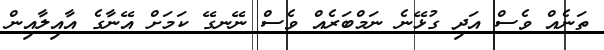
ތަނެއް ވެސް އަދި ގުޅޭނެ ނަމްބަރެއް ވެސް ނޭނގޭ ކަމަށް އޭނާގެ އާއިލާއިން